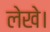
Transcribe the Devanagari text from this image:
लेखे।